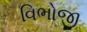
વિભોજી